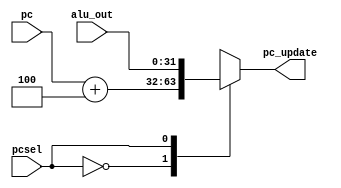
module pc_mux(
input [31:0] alu_out,
input [31:0] pc,
input pcsel,
output reg [31:0] pc_update
);

always @(*)
begin
  case(pcsel)
   1'b0: pc_update = pc + 4;
   1'b1: pc_update = alu_out;
  endcase 
end

endmodule